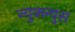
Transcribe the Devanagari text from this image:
न्युक्ल्युस